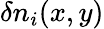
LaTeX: \delta n_{i}(x,y)